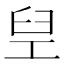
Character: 𬛸